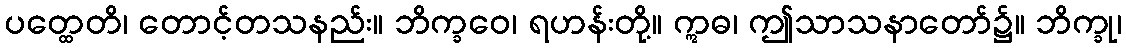
ပတ္ထေတိ၊ တောင့်တသနည်း။ ဘိက္ခဝေ၊ ရဟန်းတို့။ ဣဓ၊ ဤသာသနာတော်၌။ ဘိက္ခု၊